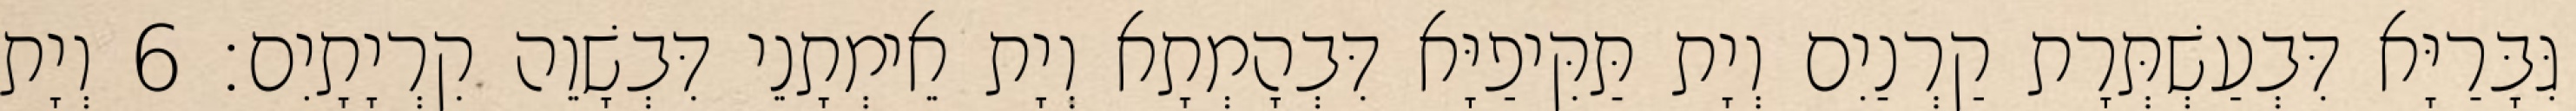
גִּבָּרַיָּא דִּבְעַשְׁתְּרָת קַרְנַיִם וְיָת תַּקִּיפַיָּא דִּבְהָמְתָא וְיָת אֵימְתָנֵי דִּבְשָׁוֵה קִרְיָתָיִם׃ 6 וְיָת